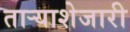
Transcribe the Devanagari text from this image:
ताऱ्याशेजारी